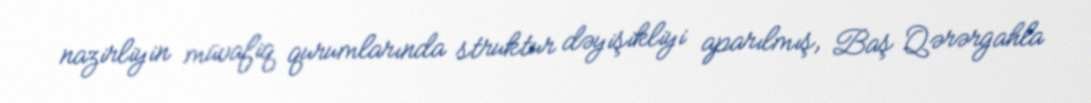
nazirliyin müvafiq qurumlarında struktur dəyişikliyi aparılmış, Baş Qərərgahla